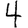
Digit: 4